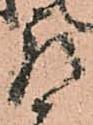
左